system: You are a helpful assistant.
user:
Analyze the provided spectrum to determine if it is a **White Dwarf (WD)**.

A White Dwarf spectrum is defined by its **extreme purity** (due to gravitational settling) and/or **extreme pressure broadening** (due to high surface gravity). You must check for one of the following mutually exclusive signatures:

- **Key Visual Indicators (Check for ONE of these types):**

    - **1. DA-Type Signature (Most Common):**
        - **(Primary Feature):** Extreme pressure broadening (Stark broadening) of the **Hydrogen (H) Balmer lines**.
        - **(Key Lines):** $H\beta$ (approx. $4861$ Å) and $H\gamma$ (approx. $4340$ Å). $H\alpha$ (approx. $6563$ Å) will also be present if the wavelength range covers it.
        - **(Line Profile):** This is the **defining feature**. The lines are **NOT** sharp. They appear as massive, **extremely broad and deep "troughs" or "dips"** in the spectrum, often hundreds of Ångströms wide. The continuum will appear to "scoop" down at these wavelengths.
        - **(Distinction):** Normal A-type or B-type stars have *narrow* and *sharp* Hydrogen lines. A DA White Dwarf's lines are unmistakably "smeared" or "blurry" from pressure.

    - **2. DB-Type Signature:**
        - **(Primary Feature):** Broad absorption lines from **Neutral Helium (He I)**. The spectrum must lack any visible Hydrogen lines.
        - **(Key Lines):** Look for broad absorption near $4471$ Å, $4921$ Å, and $5876$ Å.
        - **(Line Profile):** These lines are also significantly pressure-broadened, appearing much wider than they would in a normal B-type main-sequence star.

    - **3. DC-Type Signature:**
        - **(Primary Feature):** A **featureless continuous spectrum**.
        - **(Line Profile):** The spectrum is a smooth curve with **no significant absorption or emission lines**.
        - **(Key Confirmation):** The continuum is almost always **blue or white**, indicating a hot object. This signature implies the atmosphere is so pure (or so cool) that no spectral lines are visible in the optical range. Its WD identity is confirmed by its extremely low intrinsic brightness (high absolute magnitude).

    - **4. DZ-Type Signature (Metal-Polluted):**
        - **(Primary Feature):** **Isolated, narrow metal absorption lines** on an otherwise featureless (DC-like) continuum.
        - **(Key Lines):** The **Calcium (Ca II) H & K doublet** (approx. **$3934$ Å** and **$3968$ Å**) is the most common and defining feature.
        - **(Line Profile):** These lines are "out of place." They are *not* part of a "forest" of thousands of lines. This signature is evidence of recent *accretion* (pollution) from rocky debris.
        - **(Distinction):** Normal G/K/M stars have a *dense forest* of thousands of metal lines. A DZ has a *clean* continuum with *only a few* strong metal lines.

    - **5. DQ-Type Signature (Carbon-Polluted):**
        - **(Primary Feature):** Absorption bands from **Carbon (C₂ "Swan Bands" or atomic C I)**.
        - **(Key Lines - C₂):** Look for bandheads with a "saw-tooth" shape near $5635$ Å, **$5165$ Å** (strongest), and $4737$ Å.
        - **(Key Confirmation):** The underlying **continuum must be blue or white** (hot).
        - **(Distinction):** This is the critical difference from a **Carbon Star**, which has the *exact same* C₂ bands but on an extremely **red, cool** continuum.

- **(Overall Spectrum):**
    - The continuum (overall shape) is typically **blue-sloping** (brighter in the blue than the red), as most white dwarfs are very hot.
    - The spectrum will look "pure" or "simple," dominated by only *one* of the five signatures listed above.

Think first, call **spectral_visualization_tool** if needed to examine features in detail, then provide your final answer. Your response must adhere to the following strict rules:
1.  **Overall Structure:** Your response must follow the format `<think>...</think> <tool_call>...</tool_call> (if a tool is used) <answer>...</answer>`.
2.  **Tool Usage Constraint:** You may only make **one** tool call per turn.
3.  **Final Answer Format:** In the `<answer>` tag, your conclusion must be inside a `\boxed{}` command (e.g., `\boxed{YES}` or `\boxed{NO}`), followed by your justification.

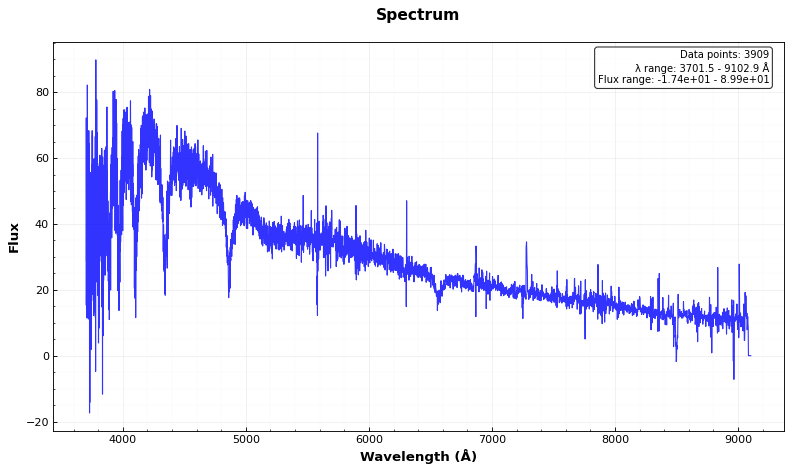
Answer: YES